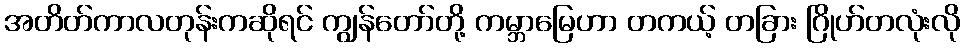
အတိတ်ကာလတုန်းကဆိုရင် ကျွန်တော်တို့ ကမ္ဘာမြေဟာ တကယ့် တခြား ဂြိုဟ်တလုံးလို